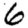
Digit: 6